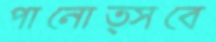
পানোত্সবে